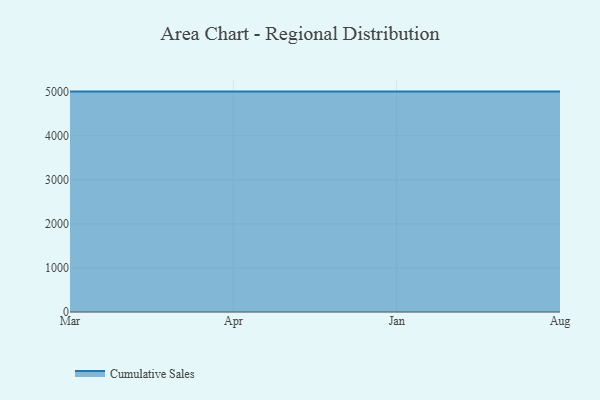
{"axis": {"x": "Month", "y": "Satisfaction Score"}, "legend": ["Cumulative Sales"], "data": [{"x": "Mar", "y": 4999.9, "type": "Cumulative Sales"}, {"x": "Apr", "y": 5000, "type": "Cumulative Sales"}, {"x": "Jan", "y": 5000, "type": "Cumulative Sales"}, {"x": "Aug", "y": 5000, "type": "Cumulative Sales"}]}